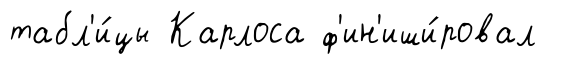
табл'и́цы Карлоса ф'ин'иши́ровал